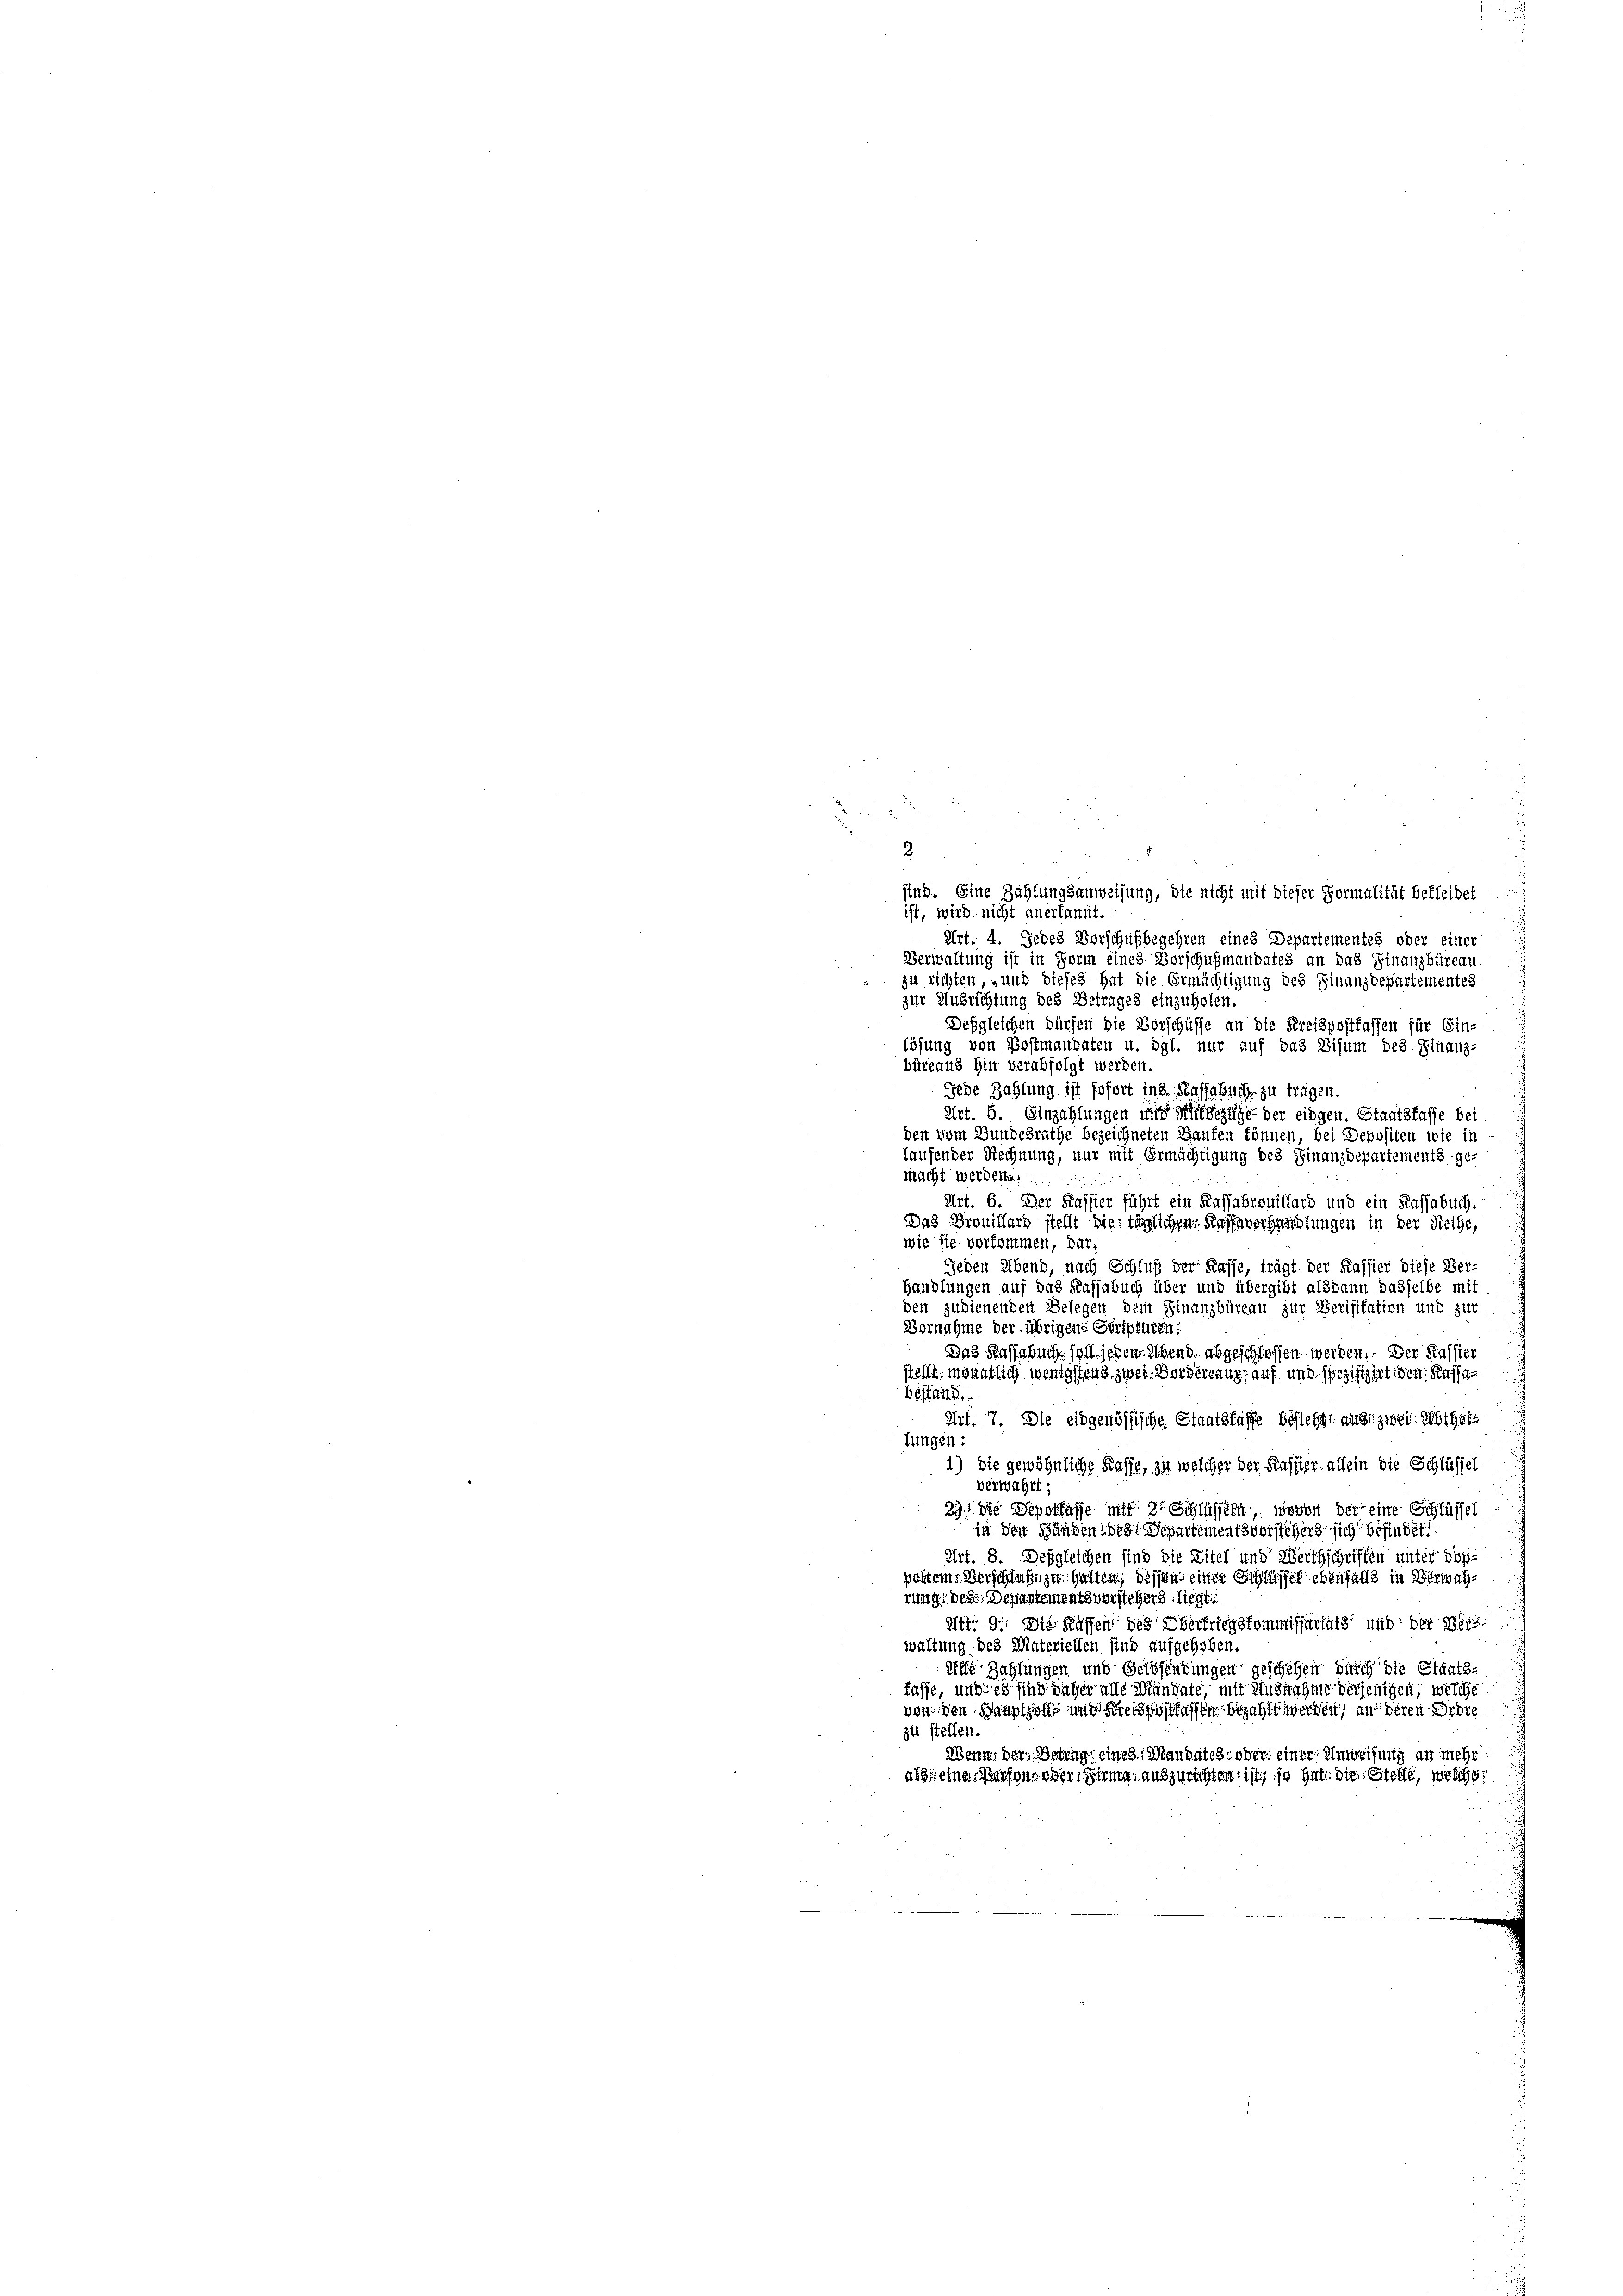
2
sind. Eine Zahlungsanweisung, die nicht mit dieser Formalität bekleidet
ist, wird nicht anerkannt.
Art. 4. Jedes Vorschußbegehren eines Departementes oder einer
Verwaltung ist in Form eines Vorschußmandates an das Finanzbüreau
zu richten, und dieses hat die Ermächtigung des Finanzdepartementes
zur Ausrichtung des Betrages einzuholen.
Desgleichen dürfen die Vorschüsse an die Kreispostfassen für Ein-
lösung von Postmandaten u. dgl. nur auf das Visum des Finanz-
büreaus hin verabfolgt werden.
Jede Zahlung ist sofort in 3. Kassabuch zu tragen.
Art. 5. Einzahlungen und Süffelge der eingen. Staatsfasse bei
den vom Bundesrathe bezeichneten Haufen können, bei Depositen wie in
laufender Rechnung, nur mit Ermächtigung des Finanzdepartements ge-
macht werden.
Art. 6. Der Kassier führt ein Kassabrouillard und ein Kassabuch.
Das Prouillars stellt die täglichen Kuffsverhandlungen in der Reihe,
wie sie vorkommen, dar:
Jeden Abend, nach Schluß der Kasse, trägt der Kasster diese Ber-
Handlungen auf das Kassabuch über und übergibt alsdann dasselbe mit
den zubienenden Belegen dem Finanzbüreau zur Verifikation und zur
Vornahme der übrigens Scripturen:
Das Kassabuche soll jeden Abende abgeschlossen werden. - Der Kassier
stellt, monatlich wenigstens zwei Vorderlang auf und spezifizirtigen Kassa¬
Bestand
Art. 7. Die eidgenössische Staatsfasse besteht: ause zwei Abthats
lungen
1) die gewöhnliche Kasse, zu welcher der Kassier allein die Schlüssel
verwahrt:
33. Die Depottasse mit 2 Schlüsseln, wovon der eine Schlüssel
in den Händen des Departementsvorstehers sich befindet
Art. 8. Desgleichen sind die Titel und Werthschriften unter doppostem Verschläßigen hatten dessen einer Schlaffen ebenfalls in Verwahrung des Departementsvorstehers liegt.
Art. 9. Die Kaffen des Oberfriegskommissariats und der Dir
waltung des Materiellen sind aufgehoben.
eille Zahlungen und Geldsendungen geschehen durch die Staats-
fasse, und es sind daher alle Mandate, mit Ausnahme derjenigen, welche
von den Hauptzoll und Festlassen bezahlt werden, an deren Ordre
zit stellen.
Wenn, der Betrag eines Mandates, oder einer Anweisung an mehr
als seine Versonne der Firma, auszurichten ist, so gute die Stelle, welche